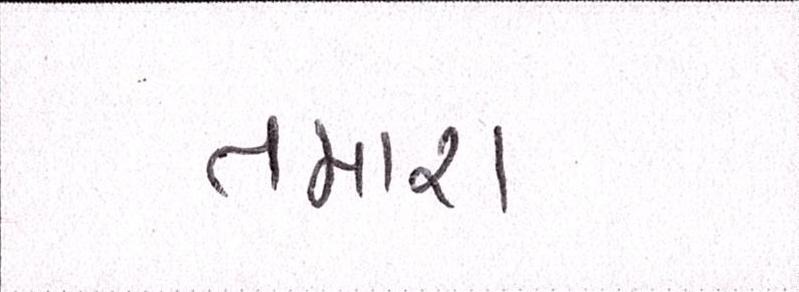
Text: તમારા